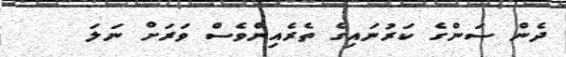
ދެން ސަންގެ ކަރުނައިގެ ތެރެއިންވެސް ވަރަށް ނަލަ